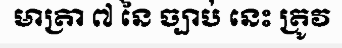
មាត្រា ៧ នៃ ច្បាប់ នេះ ត្រូវ